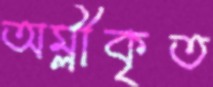
অম্লীকৃত